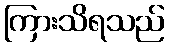
ကြားသိရသည်